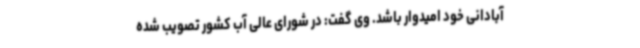
آبادانی خود امیدوار باشد. وی گفت: در شورای عالی آب کشور تصویب شده